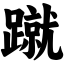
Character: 蹴